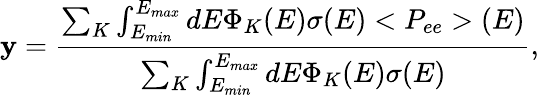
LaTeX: \mathbf{y}=\frac{{\sum_{K}\int_{E_{min}}^{E_{max}}dE\Phi_{K}(E)\sigma(E)<P_{ee}>(E)}}{{\sum_{K}\int_{E_{min}}^{E_{max}}dE\Phi_{K}(E)\sigma(E)}},